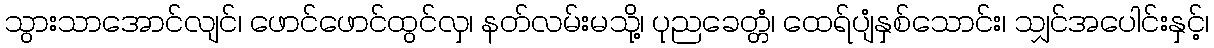
သွားသာအောင်လျင်၊ ဖောင်ဖောင်ထွင်လှ၊ နတ်လမ်းမသို့၊ ပုညခေတ္တံ၊ ထေရ်ပျံနှစ်သောင်း၊ သျှင်အပေါင်းနှင့်၊